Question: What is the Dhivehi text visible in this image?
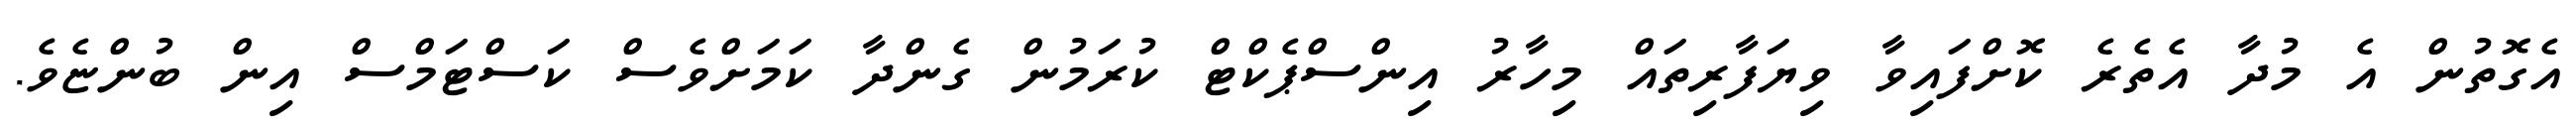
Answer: އެގޮތުން އެ މުދާ އެތެރެ ކޮށްފައިވާ ވިޔަފާރިތައް މިހާރު އިންސްޕެކްޓް ކުރަމުން ގެންދާ ކަމަށްވެސް ކަސްޓަމްސް އިން ބުންޏެވެ.